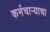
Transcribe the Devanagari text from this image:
कर्मचार्‍याचा